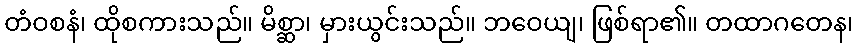
တံဝစနံ၊ ထိုစကားသည်။ မိစ္ဆာ၊ မှားယွင်းသည်။ ဘဝေယျ၊ ဖြစ်ရာ၏။ တထာဂတေန၊